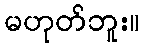
မဟုတ်ဘူး။